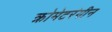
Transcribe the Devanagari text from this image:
क्रोमेटरंगीन